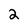
Character: 2